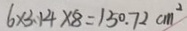
6 \times 3 . 1 4 \times 8 = 1 5 0 . 7 2 c m ^ { 2 }